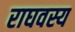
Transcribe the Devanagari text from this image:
राघवस्य